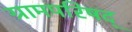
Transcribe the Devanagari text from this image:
ग्रामपरिषद्